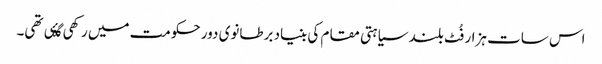
اس سات ہزار فُٹ بلند سیاہتی مقام کی بنیاد برطانوی دور حکومت میں رکھی گۂی تھی۔